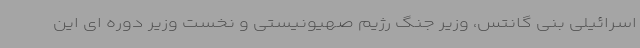
اسرائیلی بنی گانتس، وزیر جنگ رژیم صهیونیستی و نخست وزیر دوره ای این